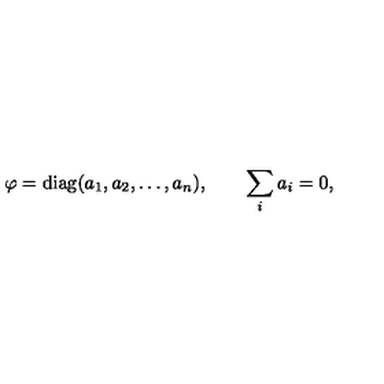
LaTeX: \varphi = \mathrm { d i a g } ( a _ { 1 } , a _ { 2 } , \ldots , a _ { n } ) , \qquad \sum _ { i } a _ { i } = 0 ,